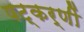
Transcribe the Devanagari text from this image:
षट्‌कर्णीं